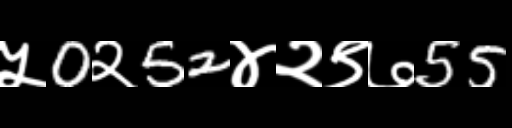
Text: ५0२52४२९७55